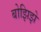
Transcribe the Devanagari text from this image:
बोझिझे